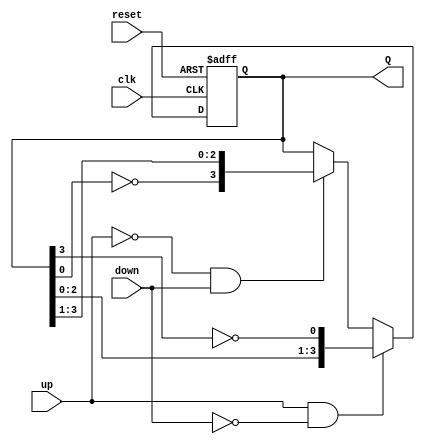
module bidirectional_johnson_counter (
    input clk,          // Clock signal
    input reset,        // Asynchronous reset
    input up,          // Count up control signal
    input down,        // Count down control signal
    output reg [n-1:0] Q  // Output state of the counter
);
    parameter n = 4; // Number of flip-flops (change this as needed)

    always @(posedge clk or posedge reset) begin
        if (reset) begin
            Q <= 0; // Reset counter to 0
        end else if (up && !down) begin
            // Counting up
            Q <= {Q[n-2:0], ~Q[n-1]}; // Shift and feed back inverted last flip-flop output
        end else if (!up && down) begin
            // Counting down
            Q <= {~Q[0], Q[n-1:1]}; // Shift and feed inverted first flip-flop output
        end
    end
endmodule